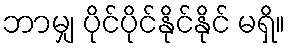
ဘာမျှ ပိုင်ပိုင်နိုင်နိုင် မရှိ။